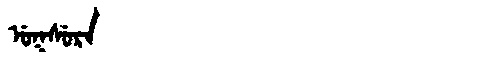
Manchu: ᡠᡴᠰᡠᡵᠠ
Romanization: UKSURA